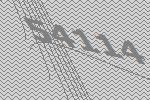
54114